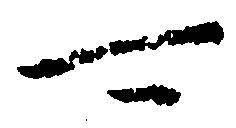
可